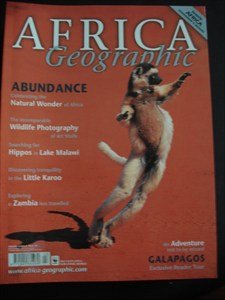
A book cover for AFRICA Geographic - April 2002 - Little Karoo - Hippos - Lake Malawi - Art Wolfe - Zambia - Wildlife - Nature - Conservation - People - Travel -; Travel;